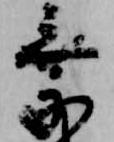
乗